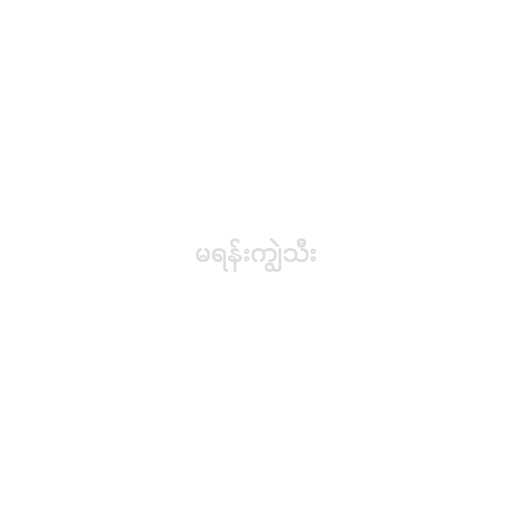
မရန်းကျွဲသီး